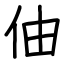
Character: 伷